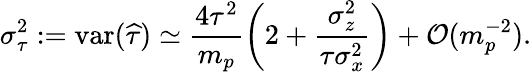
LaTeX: \sigma_{\tau}^{2}:=\mathrm{var}(\widehat{\tau})\simeq\frac{4\tau^{2}}{m_{p}}\left(2+\frac{\sigma_{z}^{2}}{\tau\sigma_{x}^{2}}\right)+\mathcal{O}(m_{p}^{-2}).